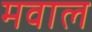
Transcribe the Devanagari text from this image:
मवाल